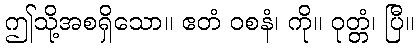
ဤသို့အစရှိသော။ ဧတံ ဝစနံ၊ ကို။ ဝုတ္တံ၊ ပြီ။